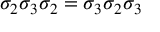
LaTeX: \sigma _ { 2 } \sigma _ { 3 } \sigma _ { 2 } = \sigma _ { 3 } \sigma _ { 2 } \sigma _ { 3 }